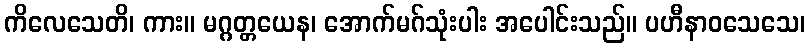
ကိလေသေတိ၊ ကား။ မဂ္ဂတ္တယေန၊ အောက်မဂ်သုံးပါး အပေါင်းသည်။ ပဟီနာဝသေသေ၊